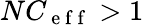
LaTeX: NC_{\mathrm{~e~f~f~}}>1